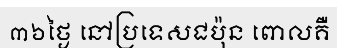
៣៦ថ្ងៃ នៅប្រទេសជប៉ុន ពោលគឺ